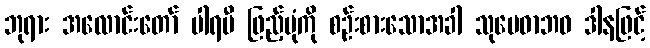
ဘုရား အလောင်းတော် ပါရမီ ဖြည့်ပုံကို စဉ်းစားသောအခါ သုမေဓာဘဝ ဒါနဖြင့်